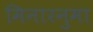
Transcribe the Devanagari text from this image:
मिनारनुमा